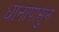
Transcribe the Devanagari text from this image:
धानापासुन